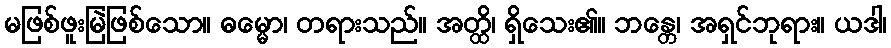
မဖြစ်ဖူးမြဲဖြစ်သော။ ဓမ္မော၊ တရားသည်။ အတ္ထိ၊ ရှိသေး၏။ ဘန္တေ၊ အရှင်ဘုရား။ ယဒါ၊